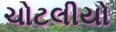
ચોટલીયો